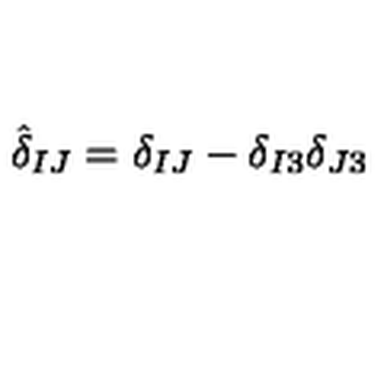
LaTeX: { \hat { \delta } } _ { I J } = \delta _ { I J } - \delta _ { I 3 } \delta _ { J 3 }